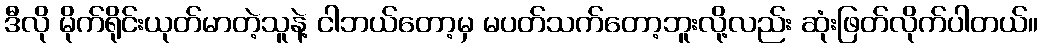
ဒီလို မိုက်ရိုင်းယုတ်မာတဲ့သူနဲ့ ငါဘယ်တော့မှ မပတ်သက်တော့ဘူးလို့လည်း ဆုံးဖြတ်လိုက်ပါတယ်။